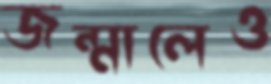
জন্মালেও